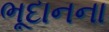
ભૂદાનના